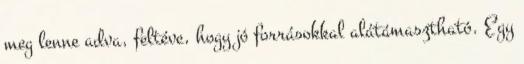
meg lenne adva, feltéve, hogy jó forrásokkal alátámasztható. Egy